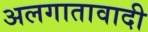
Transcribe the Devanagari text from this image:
अलगातावादी